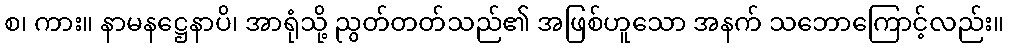
စ၊ ကား။ နာမနဋ္ဌေနာပိ၊ အာရုံသို့ ညွတ်တတ်သည်၏ အဖြစ်ဟူသော အနက် သဘောကြောင့်လည်း။